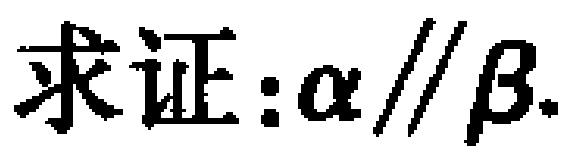
求证:\(\alpha\parallel\beta\).